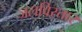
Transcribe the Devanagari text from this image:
जलविस्तार